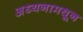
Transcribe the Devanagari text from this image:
अध्यनामधून